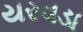
યરવડા